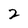
Character: 2